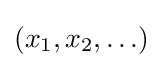
(x_{1},x_{2},\ldots )